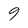
Character: 9